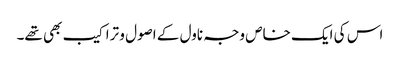
اس کی ایک خاص وجہ ناول کے اصول و تراکیب بھی تھے۔